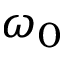
\omega _ { 0 }